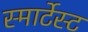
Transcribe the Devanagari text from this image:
स्मार्टेस्ट